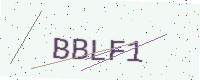
Text: BBLF1